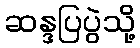
ဆန္ဒပြပွဲသို့